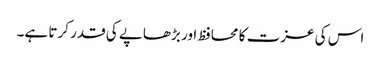
اس کی عزت کا محافظ اور بڑھاپے کی قدر کرتا ہے۔